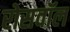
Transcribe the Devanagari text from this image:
रोसवॉल